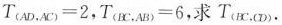
$$T_{AD,AC}=2$$，$$T_{BC,AB}=6$$，求T_{BC,CD}.